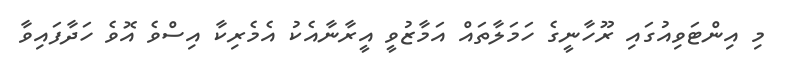
މި އިންޓަވިއުގައި ރޫހާނީގެ ހަމަލާތައް އަމާޒުވީ އީރާނާއެކު އެމެރިކާ އިސްވެ އޮވެ ހަދާފައިވާ